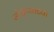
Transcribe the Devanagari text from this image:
जोड्प्याच्या